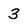
Character: 3